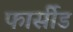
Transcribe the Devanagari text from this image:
फार्सीड